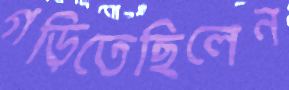
গড়িতেছিলেন